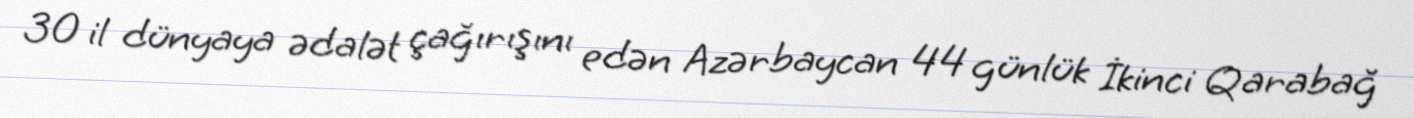
30 il dünyaya ədalət çağırışını edən Azərbaycan 44 günlük İkinci Qarabağ